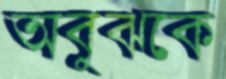
অবুঝকে